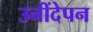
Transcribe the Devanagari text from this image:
उनींदेपन